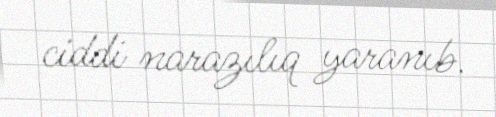
ciddi narazılıq yaranıb.